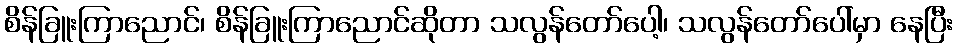
စိန်ခြူးကြာညောင်၊ စိန်ခြူးကြာညောင်ဆိုတာ သလွန်တော်ပေါ့၊ သလွန်တော်ပေါ်မှာ နေပြီး